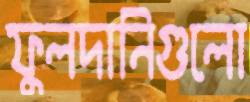
ফুলদানিগুলো